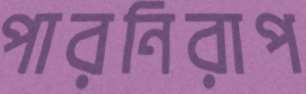
পারনিরাপ